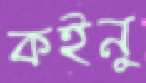
কইনু